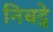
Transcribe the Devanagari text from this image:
निबट्ने